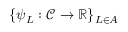
\{ \psi _ { L } : \mathcal { C } \to \mathbb { R } \} _ { L \in A }